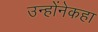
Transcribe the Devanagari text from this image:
उन्होंनेकहा